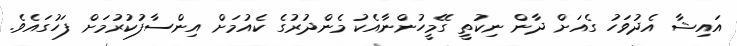
އައިޝާ އެދުވަހު ގެއަށް ދާން ނިކުތީ ގޭމީހުންނާއެކު މެންދުރުގެ ކެއުމަށް އިންސާފުކުރުމަށް ފަހުގައެވެ.